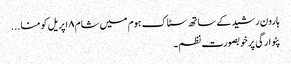
ہارون رشید کے ساتھ سٹاک ہوم میں شام ۸ اپریل کو منا...
پٹوارگی پر خوبصورت نظم۔